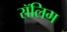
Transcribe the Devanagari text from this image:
रॉलिग